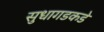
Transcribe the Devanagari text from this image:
सुधागडकडे